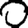
Digit: 0